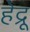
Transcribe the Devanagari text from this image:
हेद्रू